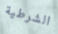
الشرطية